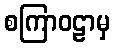
စကြာဝဠာမှ